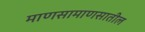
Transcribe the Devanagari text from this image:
माणसामाणसातील